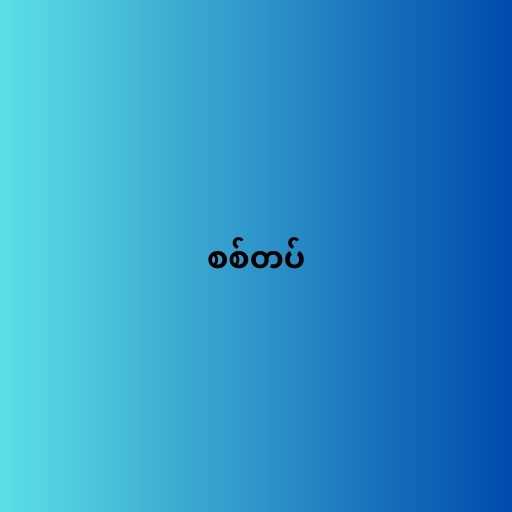
စစ်တပ်